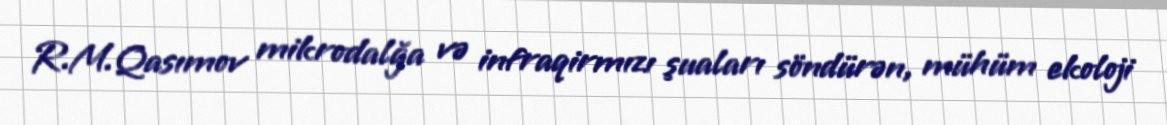
R.M.Qasımov mikrodalğa və infraqirmızı şuaları söndürən, mühüm ekoloji